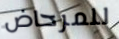
للمرحاض